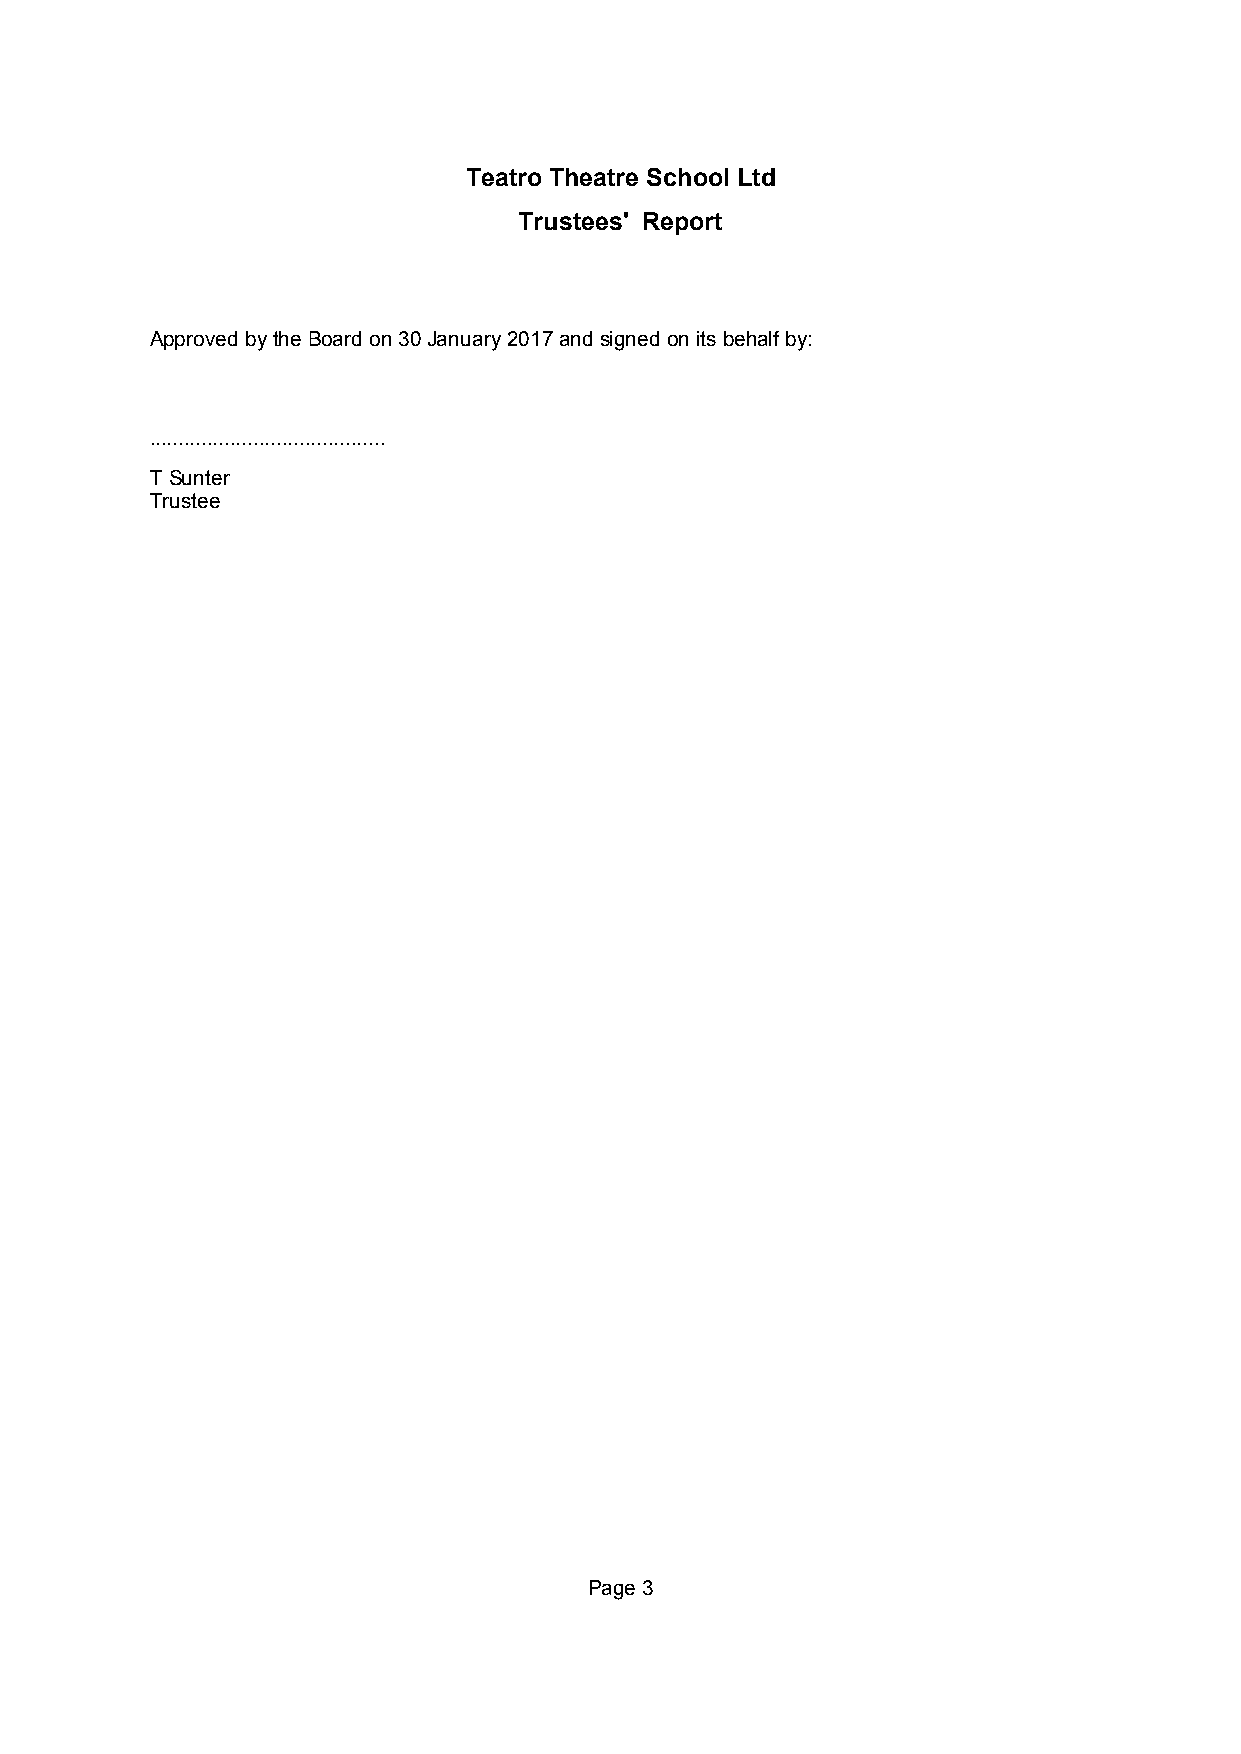
Teatro Theatre School Ltd
 Trustees' Report
 Approved bytheBoardon30January2017andsignedonitsbehalfby:
 .........................................
 TSunter
 Trustee
 Page3